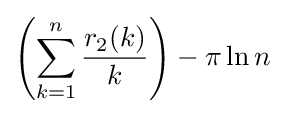
\left(\sum _{k=1}^{n}{r_{2}(k) \over k}\right)-\pi \ln n